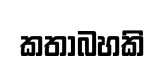
කතාබහකි